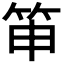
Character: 𥬐